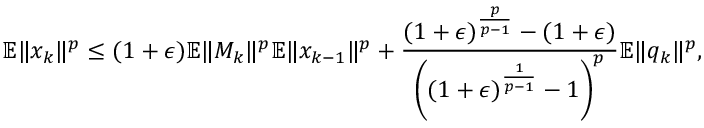
\mathbb { E } \Vert x _ { k } \Vert ^ { p } \leq ( 1 + \epsilon ) \mathbb { E } \Vert M _ { k } \Vert ^ { p } \mathbb { E } \Vert x _ { k - 1 } \Vert ^ { p } + \frac { ( 1 + \epsilon ) ^ { \frac { p } { p - 1 } } - ( 1 + \epsilon ) } { \left( ( 1 + \epsilon ) ^ { \frac { 1 } { p - 1 } } - 1 \right) ^ { p } } \mathbb { E } \Vert q _ { k } \Vert ^ { p } ,